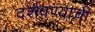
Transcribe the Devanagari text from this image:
दर्शवण्याची